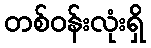
တစ်ဝန်းလုံးရှိ